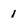
Character: 1